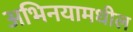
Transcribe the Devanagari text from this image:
अभिनयामधील